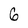
Character: 6